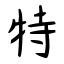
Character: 特